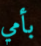
بأمي